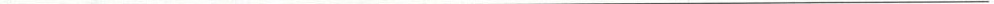
___